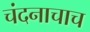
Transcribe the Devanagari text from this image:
चंदनाचाच